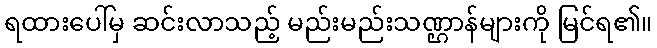
ရထားပေါ်မှ ဆင်းလာသည့် မည်းမည်းသဏ္ဌာန်များကို မြင်ရ၏။